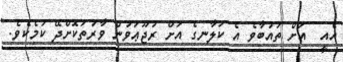
އެއީ  އަށް ތައުބާވެ އެ ކަލާނގެ އަށް ރުޖޫޢަވުން ވާރުތަކޮށްދޭ ކަމެކެވެ.